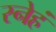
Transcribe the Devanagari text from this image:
स्नेहं